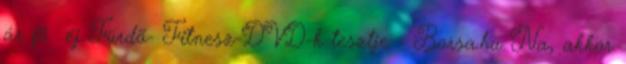
ár fõ éj Fürdõ- Fitnesz-DVD-k tesztje - Borsa.hu Na, akkor